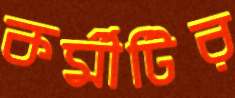
কর্মীটির